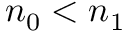
n _ { 0 } < n _ { 1 }